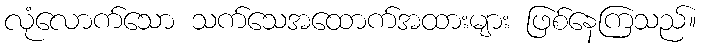
လုံလောက်သော သက်သေအထောက်အထားများ ဖြစ်နေကြသည်။